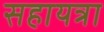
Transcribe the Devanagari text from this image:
सहायत्रा